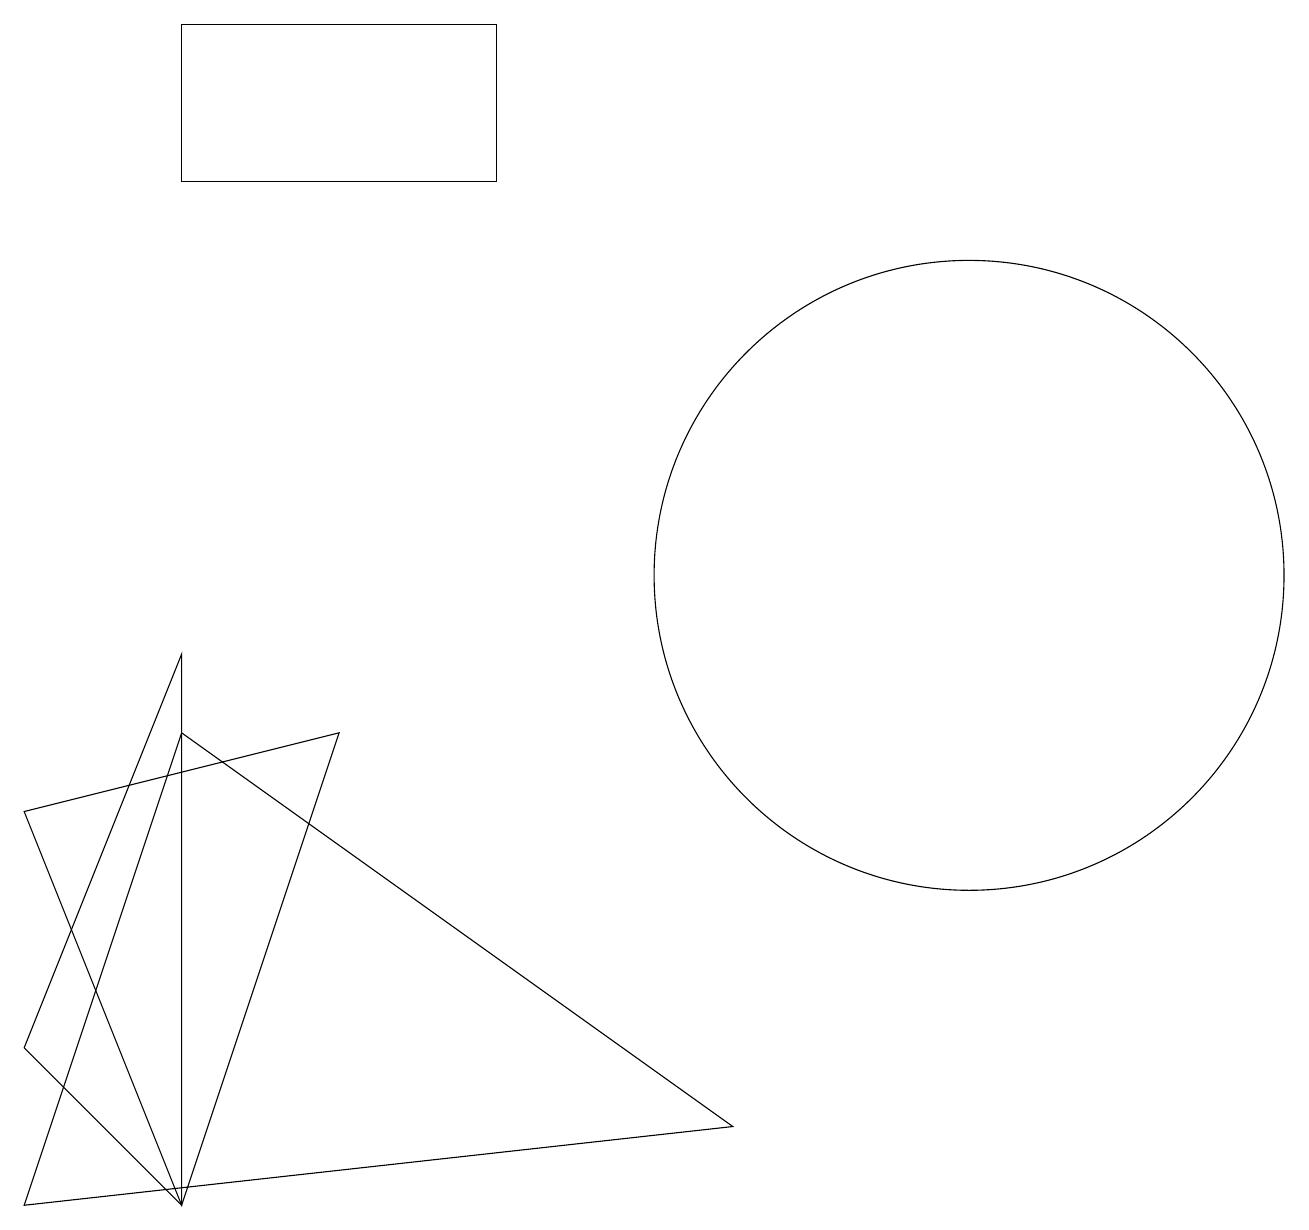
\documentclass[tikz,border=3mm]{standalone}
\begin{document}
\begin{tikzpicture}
\draw (12,10) circle (4);
\draw (0,4) -- (2,2) -- (2,9) -- cycle;
\draw (2,2) -- (4,8) -- (0,7) -- cycle;
\draw (2,17) rectangle (6,15);
\draw (0,2) -- (9,3) -- (2,8) -- cycle;
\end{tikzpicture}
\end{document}